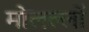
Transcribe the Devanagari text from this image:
मोलल्लों